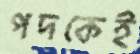
পদকেই